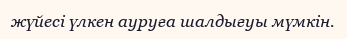
жүйесі үлкен ауруға шалдығуы мүмкін.